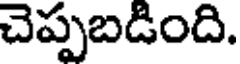
చెప్పబడింది.